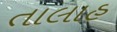
તાલાહ